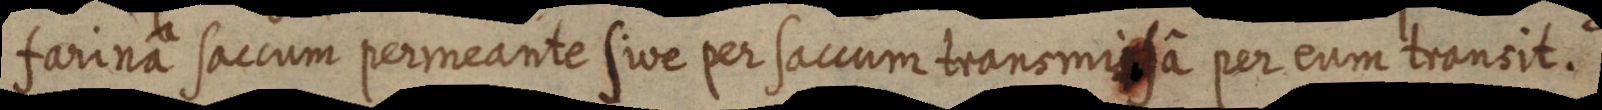
farina saccum permeante sive per saccum transmisa per eum transit.